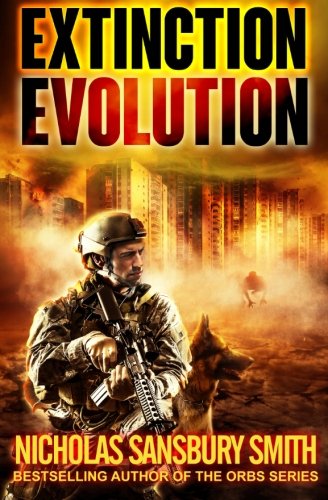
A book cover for Extinction Evolution (Extinction Cycle) (Volume 4); Nicholas Sansbury Smith; Science Fiction & Fantasy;